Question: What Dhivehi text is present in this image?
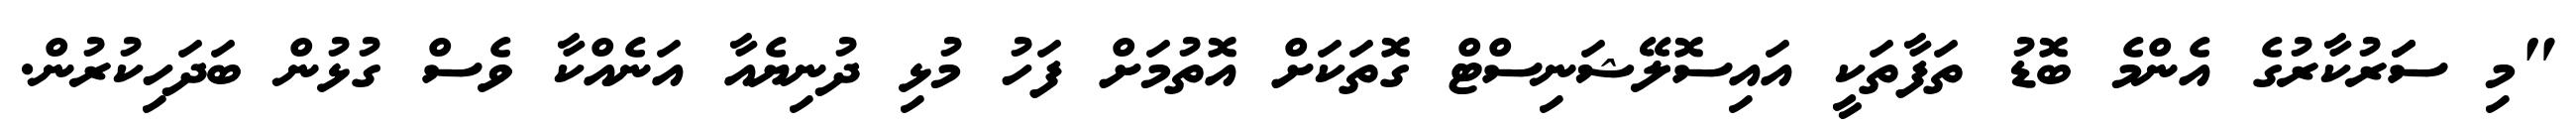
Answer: "މި ސަަރުކާރުގެ އެންމެ ބޮޑު ތަފާތަކީ އައިސޮލޭޝަނިސްޓް ގޮތަކަށް އޮތުމަށް ފަހު މުޅި ދުނިޔެއާ އަނެއްކާ ވެސް ގުޅުން ބަދަހިކުރުން.